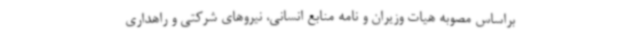
براساس مصوبه هیات وزیران و نامه منابع انسانی، نیروهای شرکتی و راهداری